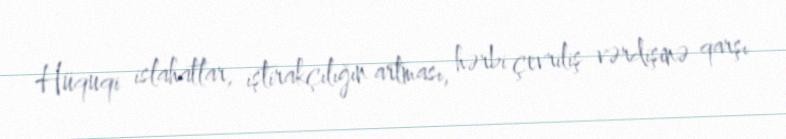
Hüquqi islahatlar, iştirakçılığın artması, hərbi çevriliş vərdişinə qarşı